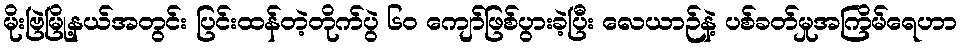
မိုးဗြဲမြို့နယ်အတွင်း ပြင်းထန်တဲ့တိုက်ပွဲ ၆၀ ကျော်ဖြစ်ပွားခဲ့ပြီး လေယာဉ်နဲ့ ပစ်ခတ်မှုအကြိမ်ရေဟာ